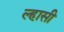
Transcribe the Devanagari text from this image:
ल्हासी